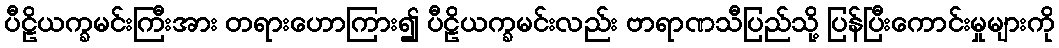
ပီဠိယက္ခမင်းကြီးအား တရားဟောကြား၍ ပီဠိယက္ခမင်းလည်း ဗာရာဏသီပြည်သို့ ပြန်ပြီးကောင်းမှုများကို